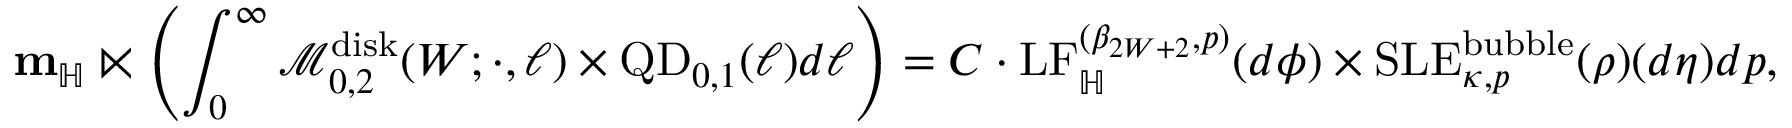
\mathbf { m } _ { \mathbb H } \ltimes \left( \int _ { 0 } ^ { \infty } \mathcal { M } _ { 0 , 2 } ^ { \mathrm { d i s k } } ( W ; \cdot , \ell ) \times \mathrm { Q D } _ { 0 , 1 } ( \ell ) d \ell \right) = C \cdot \mathrm { L F } _ { \mathbb H } ^ { ( \beta _ { 2 W + 2 } , p ) } ( d \phi ) \times \mathrm { S L E } _ { \kappa , p } ^ { \mathrm { b u b b l e } } ( \rho ) ( d \eta ) d p ,